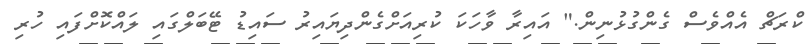
ކްރަޗް އެއްވެސް ގެންގުޅުނިން." އައިރާ ވާހަކަ ކުރިއަށްގެންދިޔައިރު ސައިޑު ޓޭބަލްގައި ލައްކޮށްފައި ހުރި